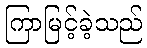
ကြာမြင့်ခဲ့သည်